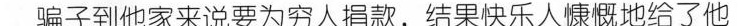
骗子到他家来说要为穷人捐款，结果快乐人慷慨地给了他